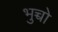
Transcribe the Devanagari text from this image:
भुच्चो